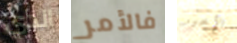
الذي فالأمر الآخير